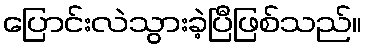
ပြောင်းလဲသွားခဲ့ပြီဖြစ်သည်။